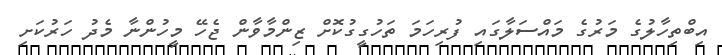
އިބްތިހާލުގެ މަރުގެ މައްސަލާގައި ފުރިހަމަ ތަހުގީގުކޮށް ޒިންމާވާން ޖެހޭ މީހުންނާ މެދު ހަރުކަށި